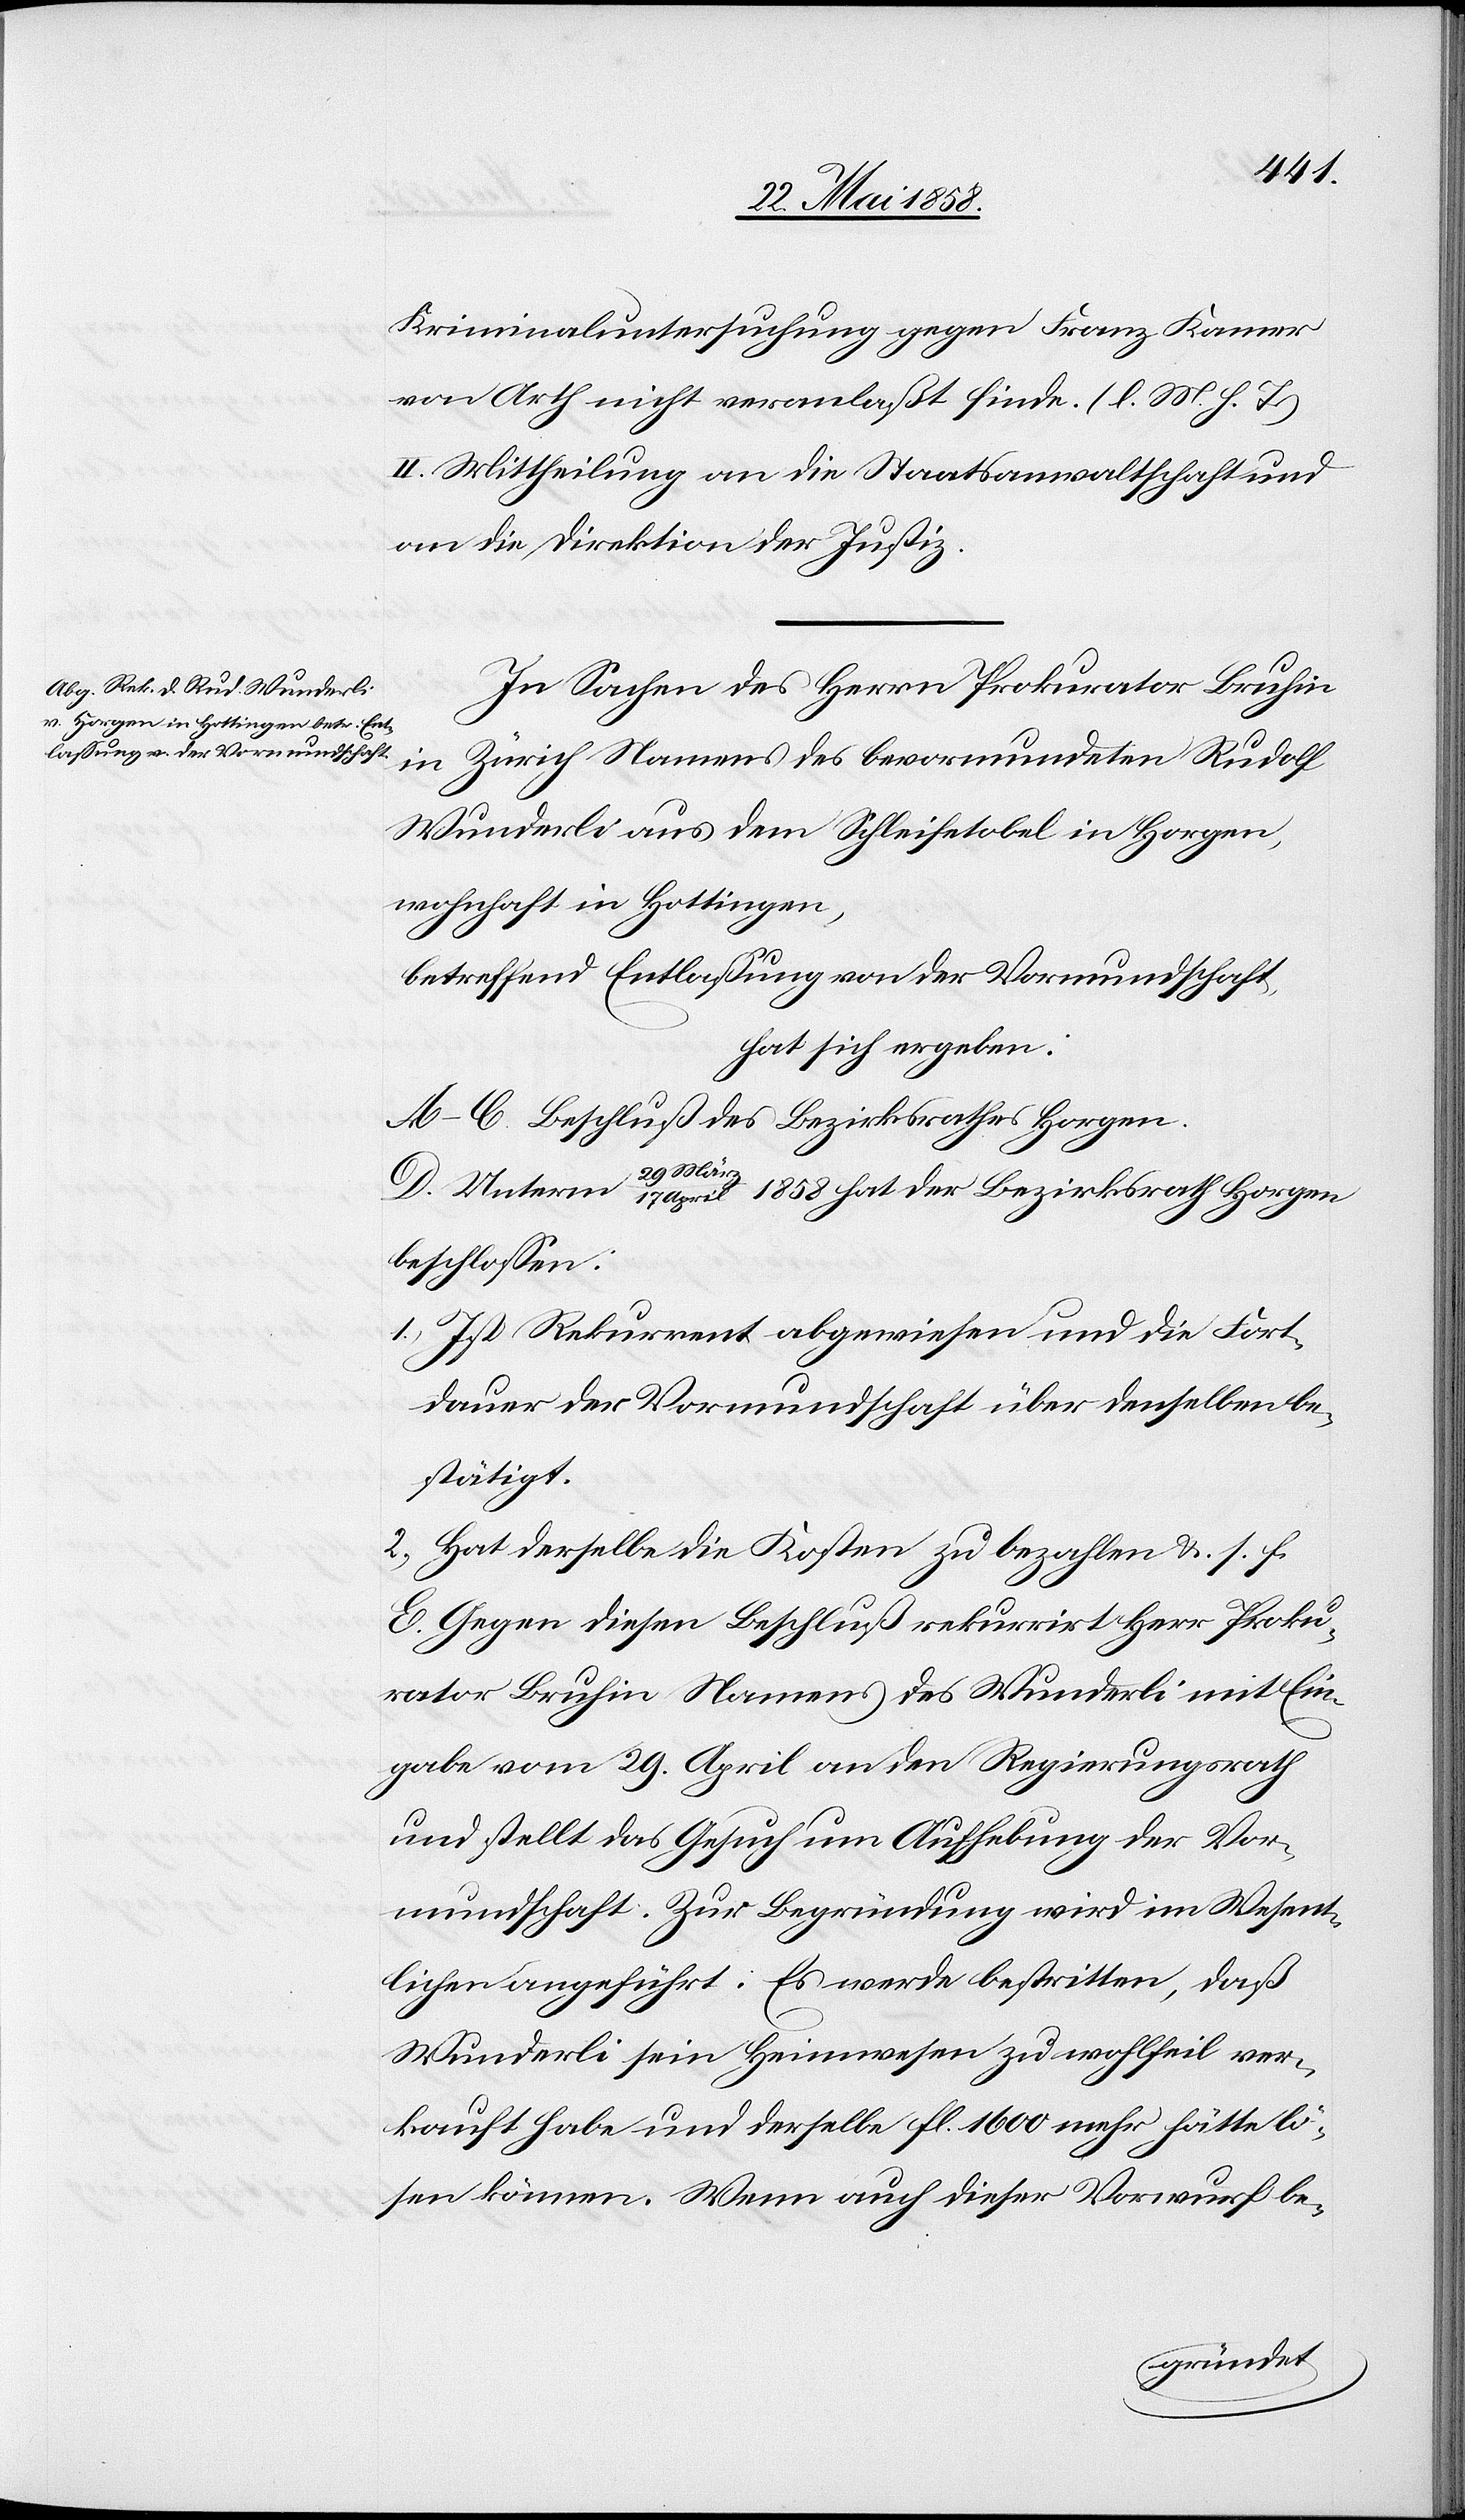
Kriminaluntersuchung gegen Franz Kamer
von Arth nicht veranlaßt finde. (l. M. h. T.)
II. Mittheilung an die Staatsanwaltschaft und
an die Direktion der Justiz.
In Sachen des Herrn Prokurator Bruhin
in Zürich Namens des bevormundeten Rudolf
Wunderli aus dem Schleifetoben in Horgen,
wohnhaft in Hottingen,
betreffend Entlassung von der Vormundschaft,
hat sich ergeben:
A–C Beschluß des Bezirksrathes Horgen.
19. März
17. April 1858 hat der Bezirksrath Horgen
beschlossen:
1. Ist Rekurrent abgewiesen und die Fort¬
dauer der Vormundschaft über denselben be¬
stätigt.
2. Hat derselbe die Kosten zu bezahlen u. s. f.
E. Gegen diesen Beschluß rekurrirt Herr Proku¬
rator Bruhin Namens des Wunderli mit Ein¬
gabe vom 29. April an den Regierungsrath
und stellt das Gesuch um Aufhebung der Vor¬
mundschaft. Zur Begründung wird im Wesent¬
lichen angeführt: Es werde bestritten, daß
Wunderli sein Heimwesen zu wohlfeil ver¬
kauft habe und derselbe fl. 1600 mehr hätte lö¬
sen können. Wenn auch dieser Vorwurf be-